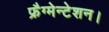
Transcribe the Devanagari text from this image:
फ्रैग्मेन्टेशन।